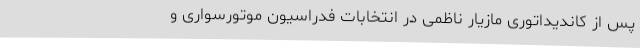
پس از کاندیداتوری مازیار ناظمی در انتخابات فدراسیون موتورسواری و